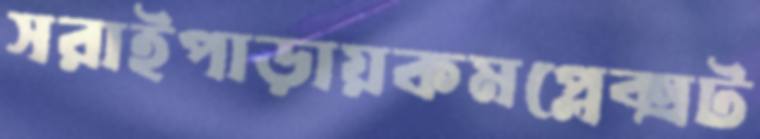
সরাইপাড়ায়কমপ্লেক্সট